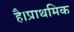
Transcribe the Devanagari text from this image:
है।प्राथमिक